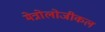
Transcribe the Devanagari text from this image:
मेत्रोलोजीकल